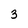
Character: 3